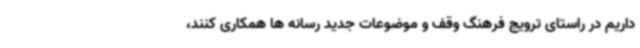
داریم در راستای ترویج فرهنگ وقف و موضوعات جدید رسانه ها همکاری کنند،